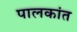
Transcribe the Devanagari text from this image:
पालकांत